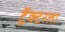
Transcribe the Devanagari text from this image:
ट्रॅक्टरला